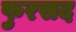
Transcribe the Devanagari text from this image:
फुरसद